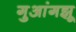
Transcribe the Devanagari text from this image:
गुआंगझू